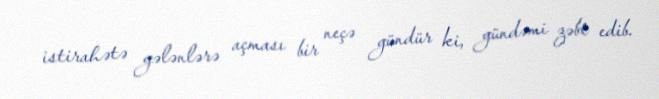
istirahətə gələnlərə açması bir neçə gündür ki, gündəmi zəbt edib.